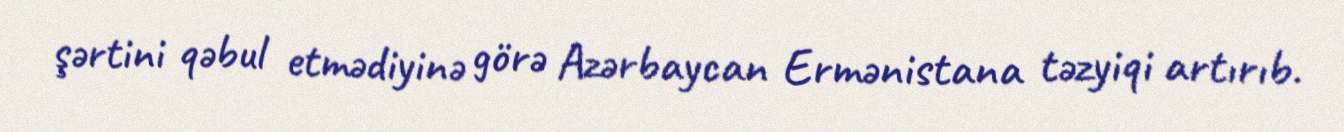
şərtini qəbul etmədiyinə görə Azərbaycan Ermənistana təzyiqi artırıb.